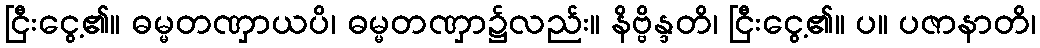
ငြီးငွေ့၏။ ဓမ္မတဏှာယပိ၊ ဓမ္မတဏှာ၌လည်း။ နိဗ္ဗိန္ဒတိ၊ ငြီးငွေ့၏။ ပ။ ပဇာနာတိ၊